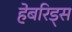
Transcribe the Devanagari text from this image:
हेबरिड्स